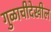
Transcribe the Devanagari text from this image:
गुळाचीदेखील